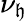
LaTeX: \nu_{\mathfrak{h}}